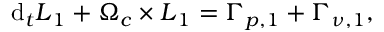
\mathrm { d } _ { t } \boldsymbol { L } _ { 1 } + \boldsymbol { \Omega } _ { c } \times \boldsymbol { L } _ { 1 } = \boldsymbol { \Gamma } _ { p , { 1 } } + \boldsymbol { \Gamma } _ { \nu , { 1 } } ,